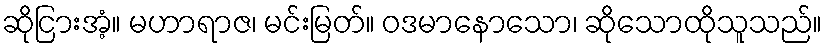
ဆိုငြားအံ့။ မဟာရာဇ၊ မင်းမြတ်။ ဝဒမာနောသော၊ ဆိုသောထိုသူသည်။